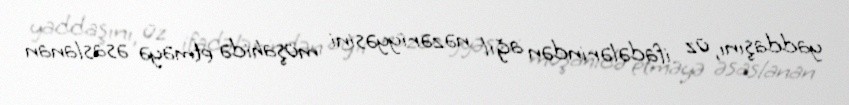
yaddaşını, üz ifadələrindən ağıl nəzəriyyəsini müşahidə etməyə əsaslanan